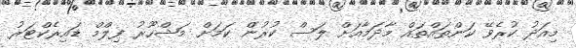
މިއަދު ކުރެވޭ ކަންތައްތައް މާދަމާއަށް ލަސް ކުރުން ކަމަށް މަޝްހޫރު ފިލްމް ޑައިރެކްޓަރު